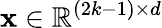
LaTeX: \mathbf{x}\in\mathbb{R}^{(2k-1)\times d}